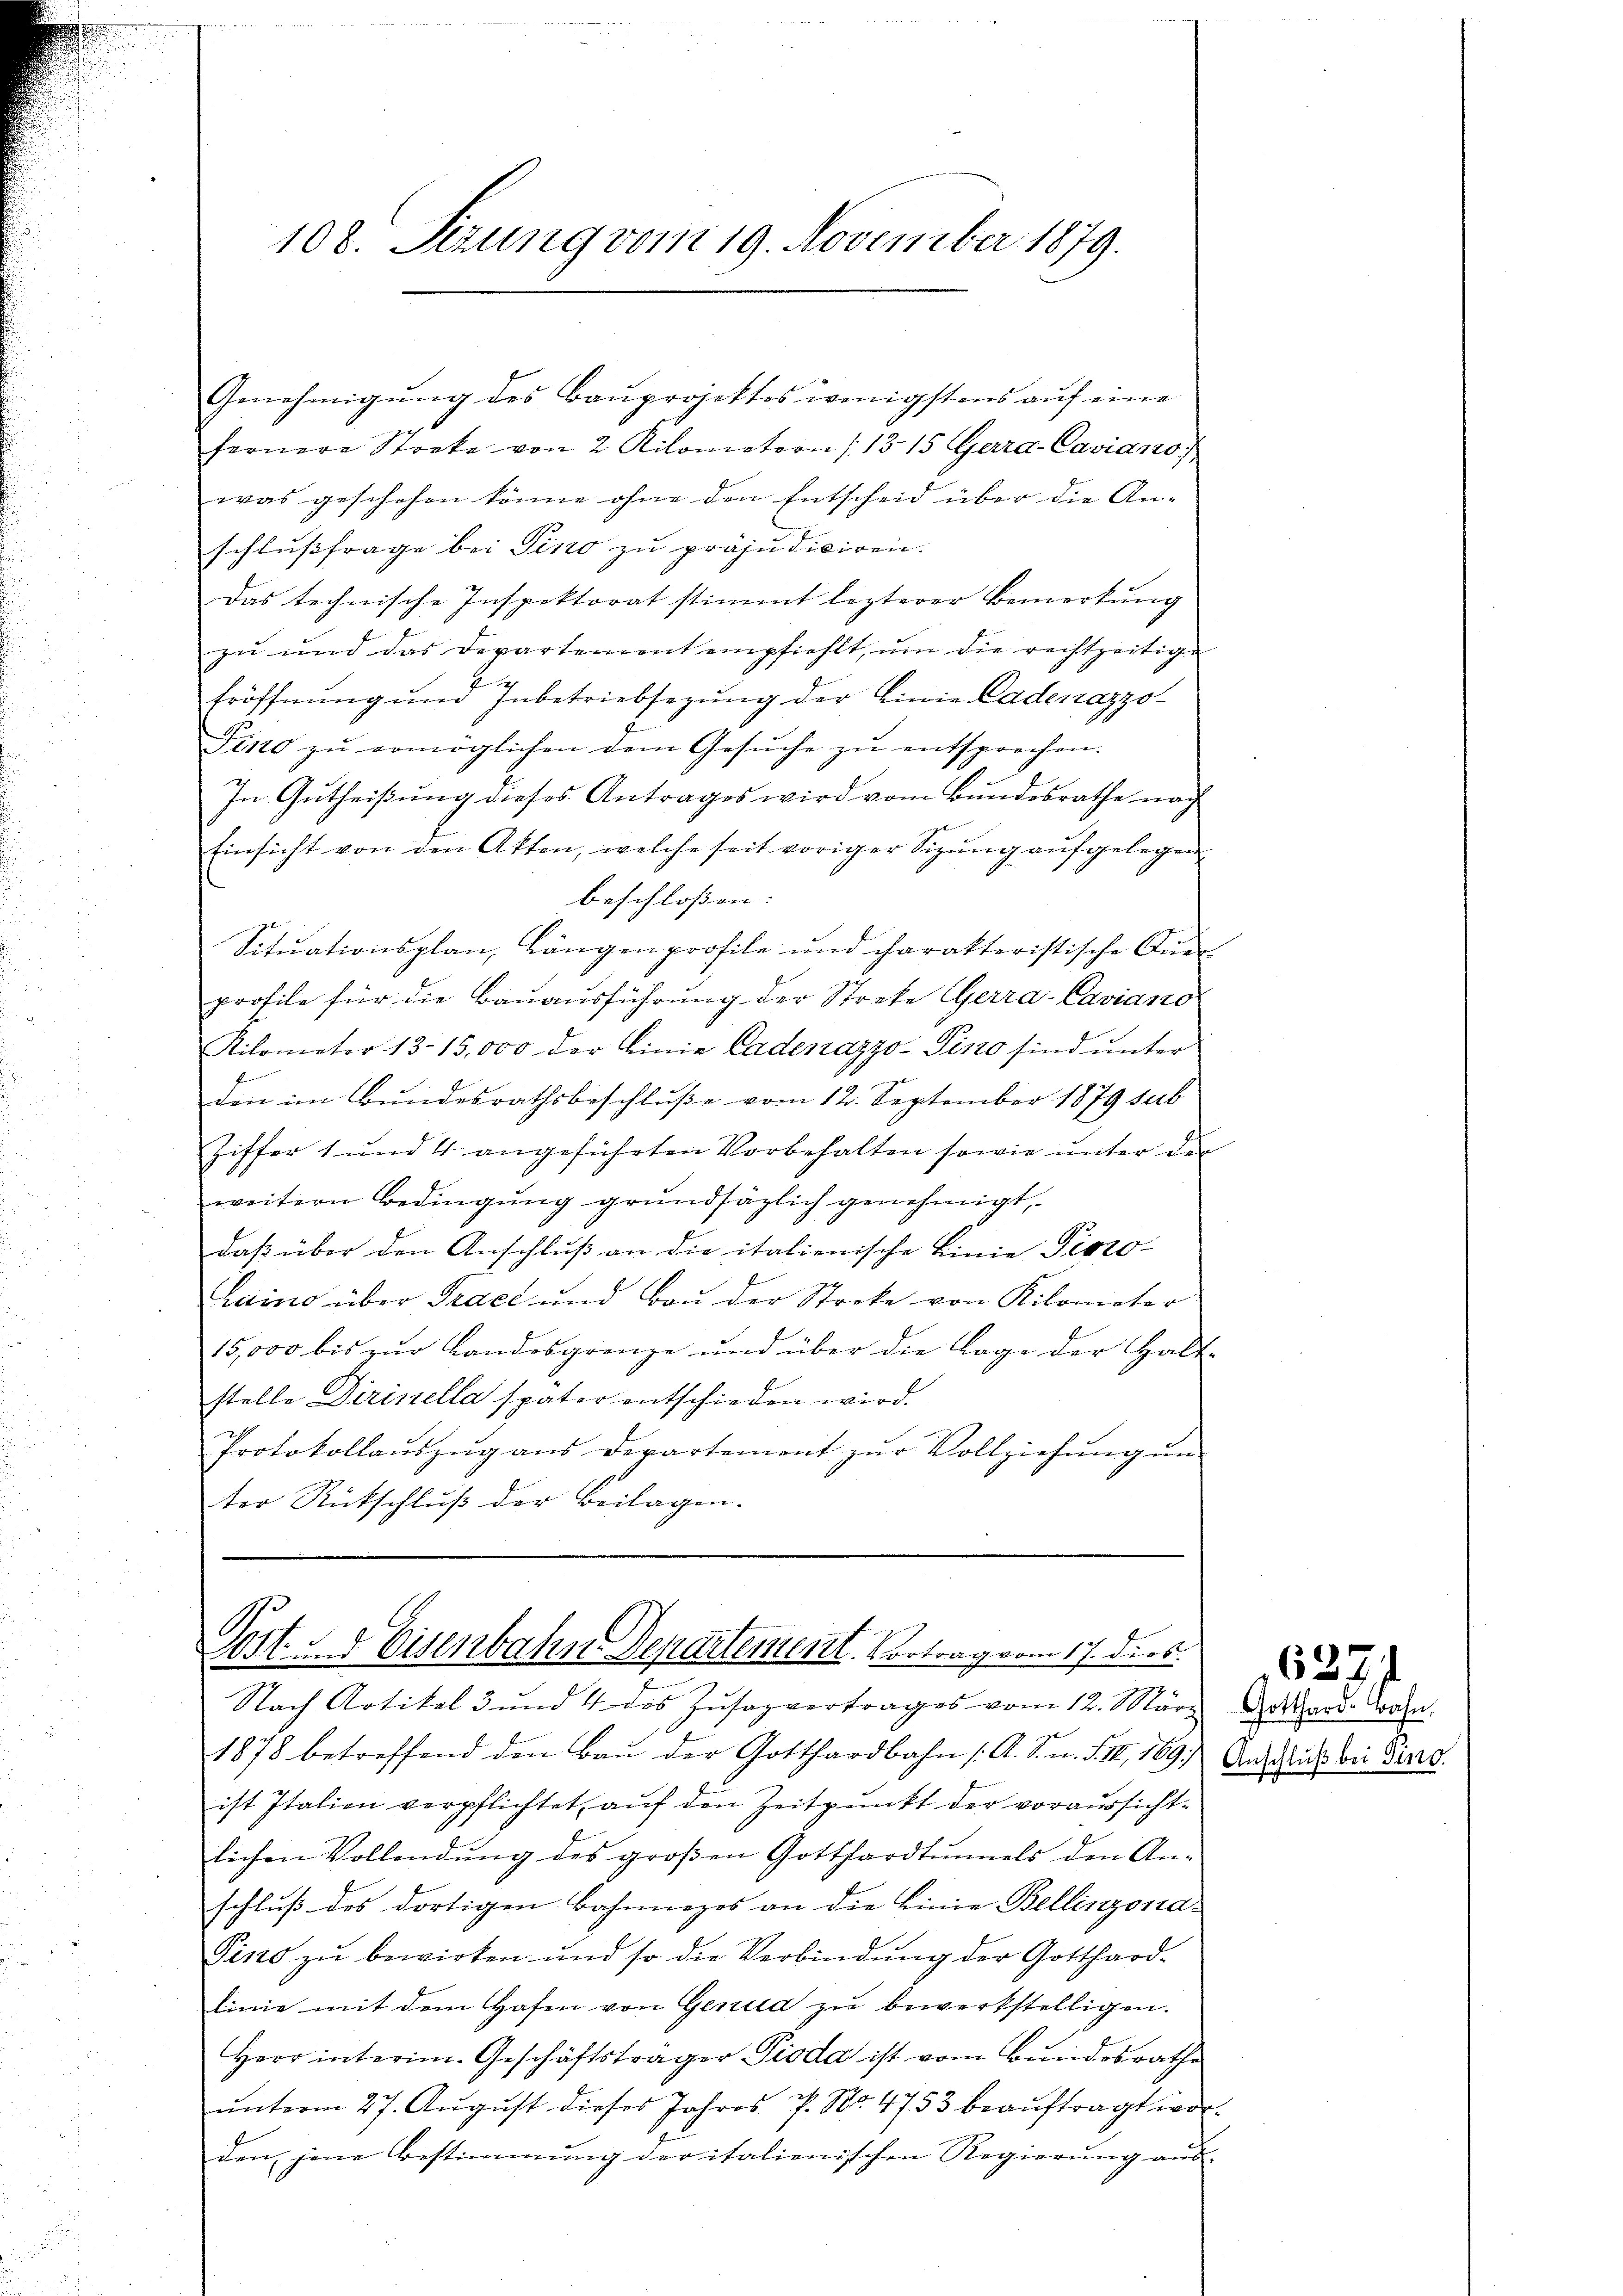
108. Sezung vom 19. November 1879.

Genehmigung des Bauprojektes wenigstens auf eine
g
fernere Stocke von 2 Kilometern (1315 Gerra-Caviano
was geschehen könne ohne den Entscheid über die An-
schlußfrage bei Pino zu präjudiciren.
das technische Inspektorat stimmt lezterer Bemerkŭng
za und das Departement empfiehlt, um die rechtzeitige
Eröffnung und Inbetriebsezung der Linie Cadenazzo¬
Pino zu ermöglichen dem Gesuche zu entsprechen.
In Gutheißung dieses Antrages wird vom Bundesrathe nach
Einsicht von den Akten, welche seit voriger Sizŭng aŭfgelegen
beschloßen:
Situationsplan, Längenprofile und charakteristische Aner
profile für die Bauausführung der Streke Gerra-Caviano
Kilometer 13-15,000 der Linie Cadenazzo-Pino sind unter
den im Bundesrathsbeschluße vom 12. September 1879 sub
Ziffer 1 und 4 angeführten Vorbehalten sowie unter der
weitern Bedingung grundsäzlich genehmigt,
daß über den Anschluß an die italienische Linie Pisto-
Luino über Tracé und Bau der Streke von Kilometer
15,000 bis zur Landesgrenze und über die Lage der Halt-
stelle Dirinella spater entschieden wird.
Protokollaŭszŭg aŭs derartement zŭr Vollziehŭng ŭn-
ter Rückschluß der Beilagen.

Gert. 5 Eisenbahn. Departement. Vortrag vom 17. dies

Nach Artikel 3 und 4 des Zusazvertrages vom 12. März
1878 betreffend den Baŭ der Gotthardbahn /: A. S. n. F. II, 169;
ist Italien verpflichtet, auf den Zeitpunkt der voraussichtlichen Vollendŭng des großen Gotthardtunnels den An-
schluß des dortigen Bahnnezes an die Linie Bellinzona-
Pino zu bewirken und so die Verbindung der Gotthardlinie mit dem Hafen von Genua zu bewerkstelligen.
Herr interim. Geschäftsträger Pioda ist vom Bundesrathe
unterm 27. August dieses Jahres P. No. 4753 beauftragt worden jene Bestimmung der italienischen Regierung aus-

627
Gotthard. Bahn.
Anschluß bei Jung